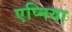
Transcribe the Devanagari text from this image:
एप्निया